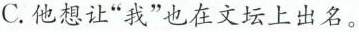
C.他想让”我”也在文坛上出名。